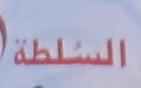
السلطة